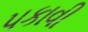
પકાવી